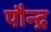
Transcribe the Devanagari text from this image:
पौन्द्र